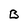
Character: B